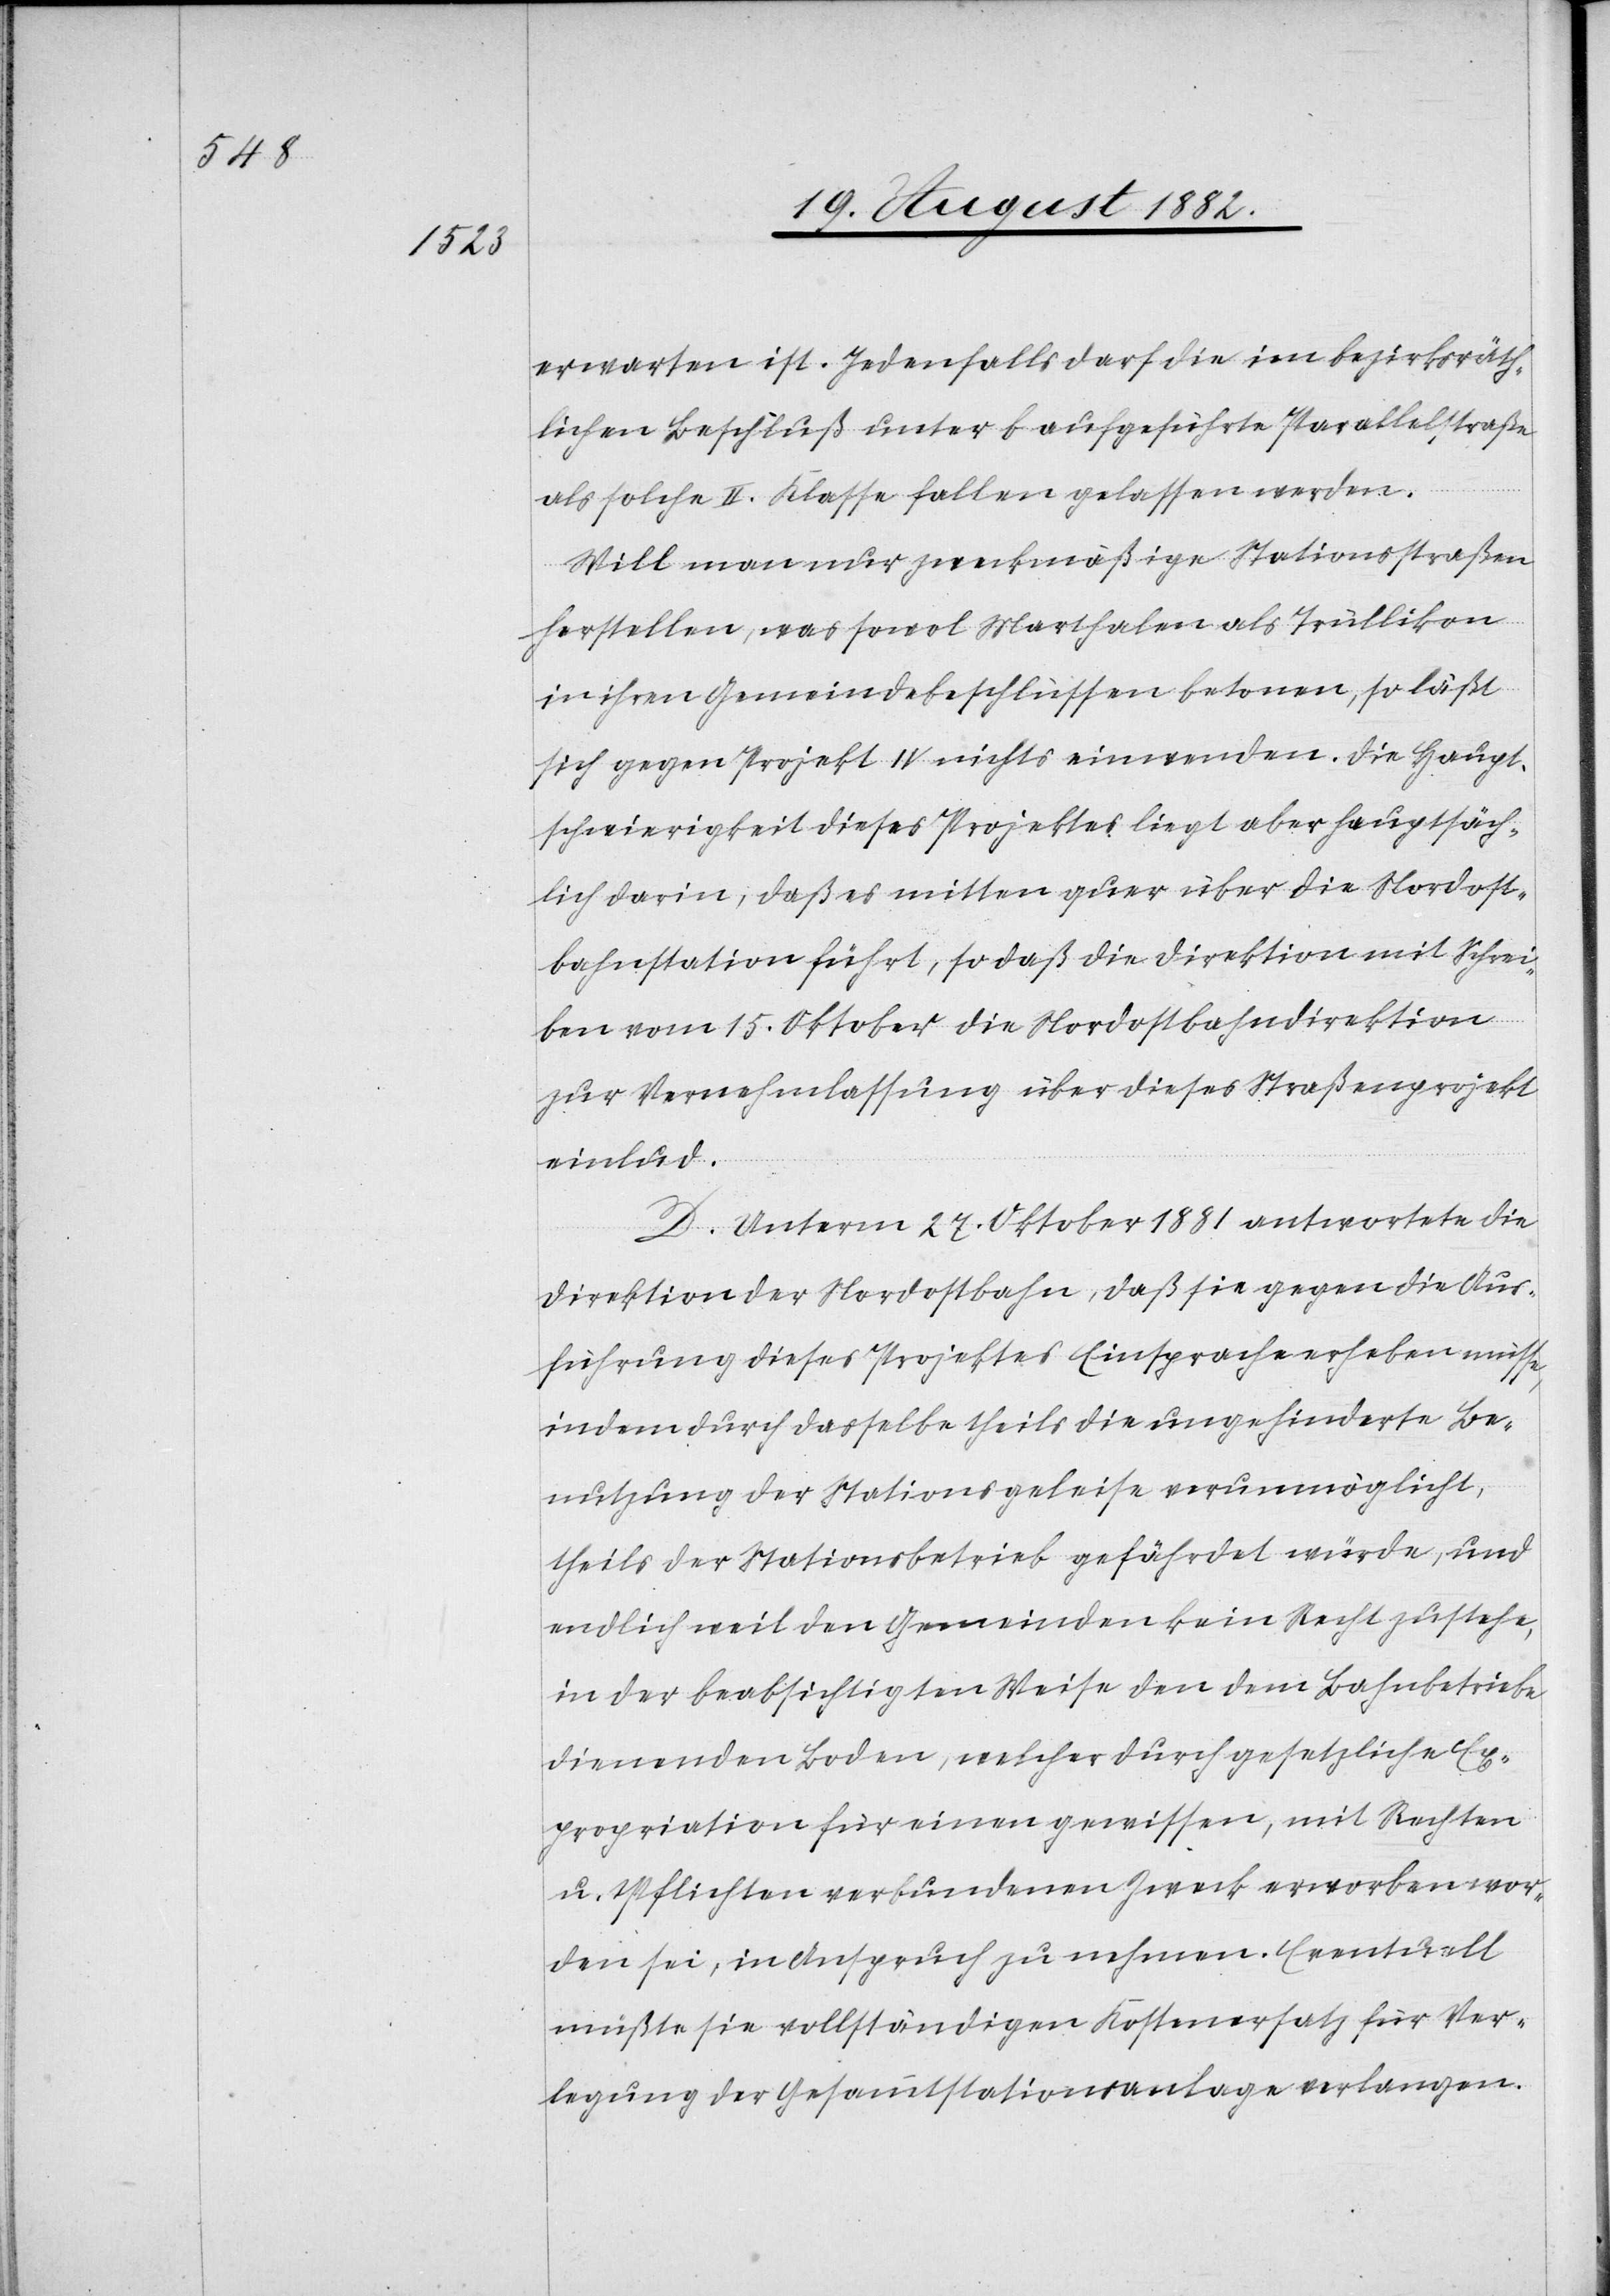
erwarten ist. Jedenfalls darf die im bezirksräth¬
lichen Beschluß unter b aufgeführte Parallelstraße
als solche II. Klasse fallen gelassen werden.
Will man nur zweckmäßige Stationsstraßen
herstellen, was sowol Marthalen als Trüllikon
in ihren Gemeindebeschlüssen betonen, so läßt
sich gegen Projekt IV nichts einwenden. Die Haupt¬
schwierigkeit dieses Projektes liegt aber hauptsäch¬
lich darin, daß es mitten quer über die Nordost¬
bahnstation führt, so daß die Direktion mit Schrei¬
ben vom 15. Oktober die Nordostbahndirektion
zur Vernehmlassung über dieses Straßenprojekt
einlud.
D. Unterm 27. Oktober 1881 antwortete die
Direktion der Nordostbahn, daß sie gegen die Aus¬
führung dieses Projektes Einsprache erheben müsse,
indem durch dasselbe theils die ungehinderte Be¬
nutzung der Stationsgeleise verunmöglicht,
theils der Stationsbetrieb gefährdet würde, und
endlich weil den Gemeinden kein Recht zustehe,
in der beabsichtigten Weise den dem Bahnbetriebe
dienenden Boden, welcher durch gesetzliche Ex¬
propriation für einen gewissen, mit Rechten
u. Pflichten verbundenen Zweck erworben wor¬
den sei, in Anspruch zu nehmen. Eventuell
müßte sie vollständigen Kostenersatz für Ver¬
legung der Gesammtstationsanlage verlangen.